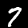
Label: 7